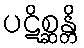
ပဋိစ္ဆန္တိ